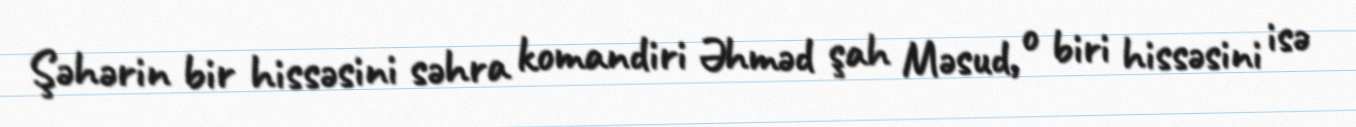
Şəhərin bir hissəsini səhra komandiri Əhməd şah Məsud, o biri hissəsini isə